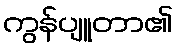
ကွန်ပျူတာ၏